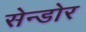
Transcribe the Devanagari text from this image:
सेन्डोर